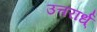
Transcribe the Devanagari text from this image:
उत्तरार्ध्